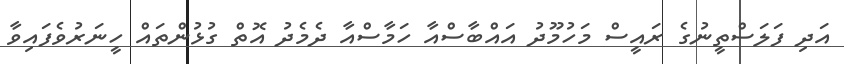
އަދި ފަލަސްތީނުގެ ރައީސް މަހުމޫދު އައްބާސްއާ ހަމާސްއާ ދެމެދު އޮތް ގުޅުންތައް ހީނަރުވެފައިވާ